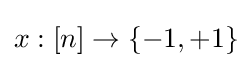
x:[n]\rightarrow \{-1,+1\}